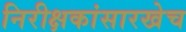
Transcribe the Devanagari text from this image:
निरीक्षकांसारखेच